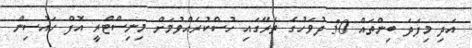
އަދި މިފަދަ ބިންތައް 30 ދުވަހުގެ ތެރޭގައި ހުސްކުރެއްވުމަށް މިނިސްޓްރީ އޮފް ހައުސިން